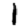
Digit: 1